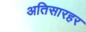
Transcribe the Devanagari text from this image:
अतिसारहर